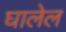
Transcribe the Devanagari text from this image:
घालेल